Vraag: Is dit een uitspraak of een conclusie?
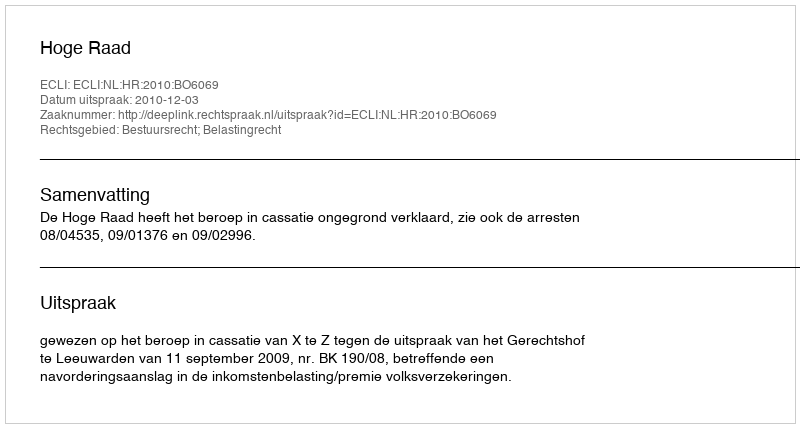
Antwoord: Uitspraak